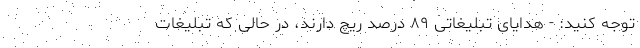
توجه کنید: - هدایای تبلیغاتی ۸۹ درصد ریچ دارند، در حالی که تبلیغات